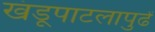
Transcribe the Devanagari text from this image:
खंडूपाटलापुढें